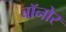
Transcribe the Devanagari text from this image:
बॉनोर